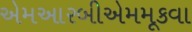
એમઆરબીએમમૂકવા